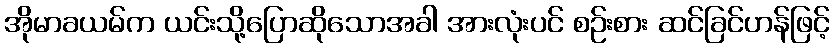
အိုမာခယမ်က ယင်းသို့ပြောဆိုသောအခါ အားလုံးပင် စဉ်းစား ဆင်ခြင်ဟန်ဖြင့်